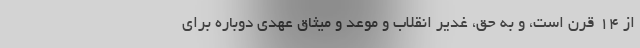
از ۱۴ قرن است، و به حق، غدیر انقلاب و موعد و میثاق عهدی دوباره برای